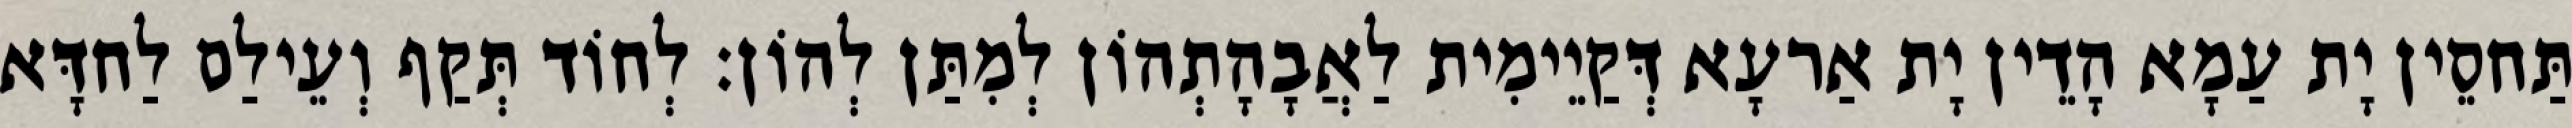
תַּחסֵין יָת עַמָא הָדֵין יָת אַרעָא דְּקַיֵימִית לַאֲבָהָתְהוֹן לְמִתַּן לְהוֹן׃ לְחוֹד תְּקַף וְעֵילַם לַחדָּא